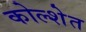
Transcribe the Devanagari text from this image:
कोल्शेत